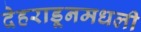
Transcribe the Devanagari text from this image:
देहराडूनमधली